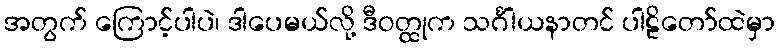
အတွက် ကြောင့်ပါပဲ၊ ဒါပေမယ်လို့ ဒီဝတ္ထုက သင်္ဂါယနာတင် ပါဠိတော်ထဲမှာ